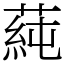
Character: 蒓